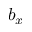
b _ { x }